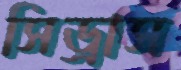
সিড্রাস